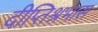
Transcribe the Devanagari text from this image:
दीप्तिश्रभास